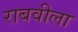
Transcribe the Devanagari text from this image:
राबवीला